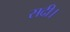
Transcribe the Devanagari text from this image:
सदी।